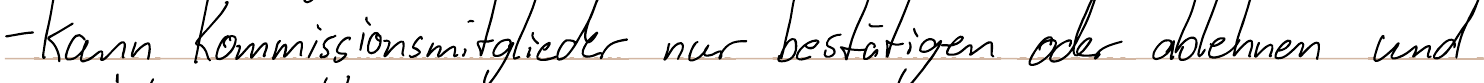
- kann Kommissionsmitglieder nur bestätigen oder ablehnen und